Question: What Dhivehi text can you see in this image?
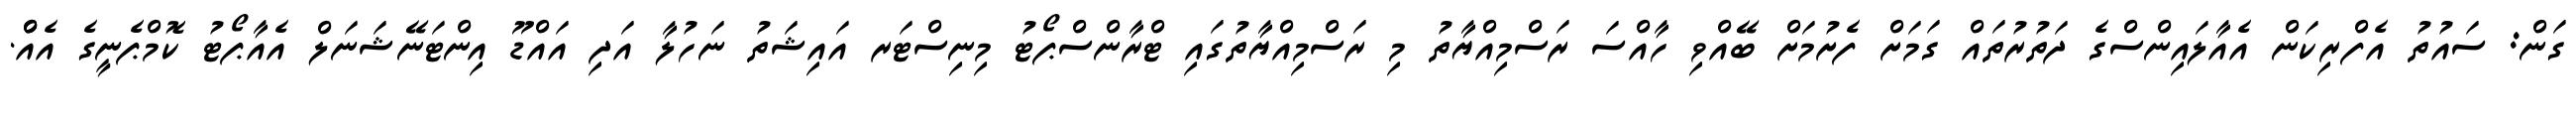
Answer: ގަން: ސައުތު އެފްރިކަން އެއާލައިންސްގެ ދަތުރުތައް ގަމަށް ފެށުމަށް ބޭއްވި ހާއްސަ ރަސްމިއްޔާތު މި ރަސްމިއްޔާތުގައި ޓްރާންސްޕޯޓު މިނިސްޓަރ އައިޝަތު ނަހުލާ އަދި އައްޑޫ އިންޓަނޭޝަނަލް އެއާޕޯޓު ކޮމްޕެނީގެ އެއްް.